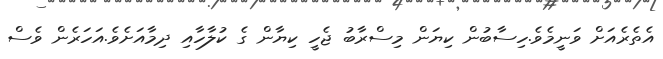
އެތެރެއަށް ވަނީމެވެ.ހިސާބުން ކިޔަން މިސްރާބު ޖެހީ ކިޔާން ގެ ކުލާހާއި ދިމާއަށެވެ.އަހަރެން ވެސް